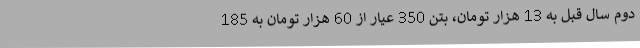
دوم سال قبل به 13 هزار تومان، بتن 350 عیار از 60 هزار تومان به 185